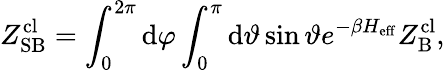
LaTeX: Z_{\mathrm{SB}}^{\mathrm{cl}}=\int_{0}^{2\pi}\mathrm{d}\varphi\int_{0}^{\pi}\mathrm{d}\vartheta\sin\vartheta e^{-\beta H_{\mathrm{eff}}}Z_{\mathrm{B}}^{\mathrm{cl}},